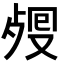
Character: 𣨏